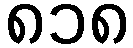
၈၁၈